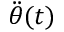
\ddot { \theta } ( t )